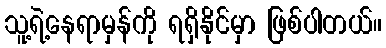
သူ့ရဲ့နေရာမှန်ကို ရရှိနိုင်မှာ ဖြစ်ပါတယ်။